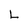
Character: L